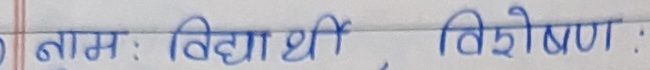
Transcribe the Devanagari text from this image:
नाम : विद्यार्थी : विशेषण :